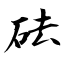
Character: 砝